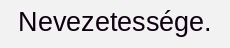
Nevezetessége.